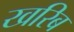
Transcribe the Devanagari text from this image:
खरिब